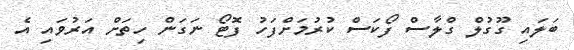
ބަލައި ގޫގުލް ގްލާސް ފޯކަސް ކުރުމަށްފަހު ފޮޓޯ ނަގަން ހިތަށް އަރުވައި އެ